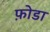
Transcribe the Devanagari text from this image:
फ़ोडा